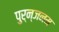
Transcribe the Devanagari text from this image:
पुर्न्जनम